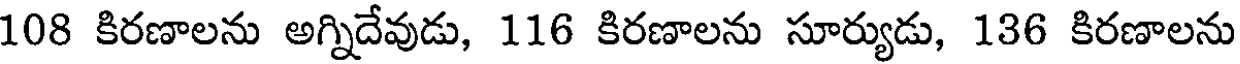
108 కిరణాలను అగ్నిదేవుడు, 116 కిరణాలను సూర్యుడు, 136 కిరణాలను